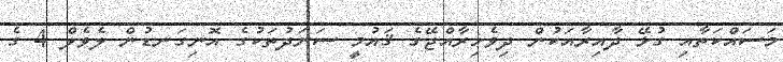
މަސައްކަތާއި ގުޅޭ ދާއިރާއަކުން ދިވެހިރާއްޖޭގެ ޤައުމީ ސަނަދުތަކުގެ އޮނިގަނޑުން ލެވެލް 4 ގެ